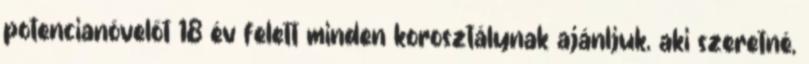
potencianövelőt 18 év felett minden korosztálynak ajánljuk, aki szeretné,